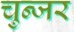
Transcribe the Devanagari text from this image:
चुन्जर